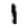
Digit: 1